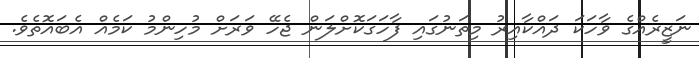
ނަޒީރެއްގެ ވާހަކަ ދައްކާއިރު މިތަނުގައި ފާހަގަކޮށްލަން ޖެހޭ ވަރަށް މުހިންމު ކަމެއް އެބައޮތެވެ.